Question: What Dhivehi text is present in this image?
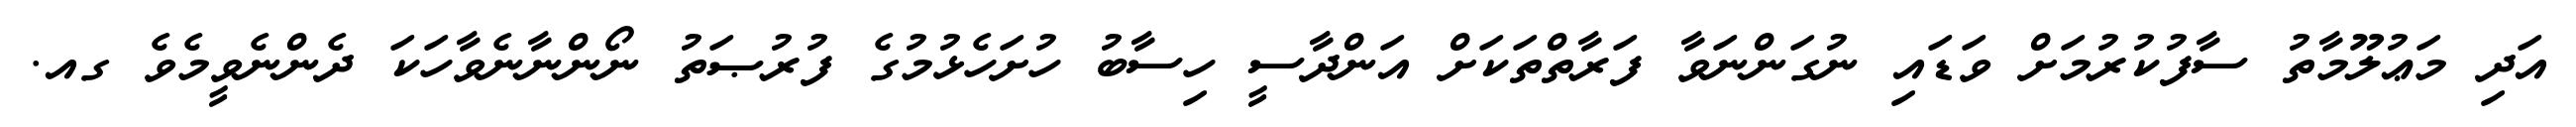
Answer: އަދި މަޢުލޫމާތު ސާފުކުރުމަށް ވަޑައި ނުގަންނަވާ ފަރާތްތަކަށް އަންދާސީ ހިސާބު ހުށަހެޅުމުގެ ފުރުޞަތު ނޯންނާނެވާހަކަ ދެންނެވީމެވެ ގއ.